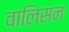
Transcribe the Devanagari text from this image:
वालिसन